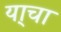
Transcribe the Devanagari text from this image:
या्चा